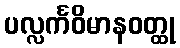
ပလ္လင်္ကဝိမာနဝတ္ထု